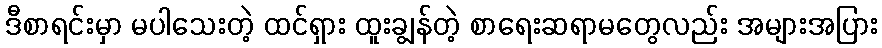
ဒီစာရင်းမှာ မပါသေးတဲ့ ထင်ရှား ထူးချွန်တဲ့ စာရေးဆရာမတွေလည်း အများအပြား